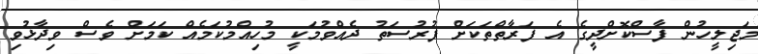
މަޖިލީހުން ފާސްކޮށްދީގެ އެ ފަރާތްތަކަށް ފުރުސަތު ދެއްވުމަކީ މުހިއްމުކަމެއް ކަމަށް ވެސް ވިދާޅުވި